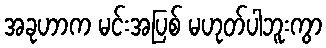
အခုဟာက မင်းအပြစ် မဟုတ်ပါဘူးကွာ